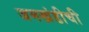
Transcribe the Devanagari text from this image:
जमखंडीची